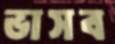
ভাসব